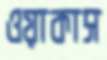
ওয়াকাস